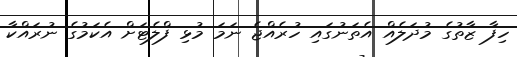
ހިފާ ޒާތުގެ މުދަލެއް އެތަނުގައި ހުރެއްޖެ ނަމަ މުޅި ފްލެޓަށް އެކަމުގެ ނުރައްކާ